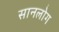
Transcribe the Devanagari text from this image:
सानलोग